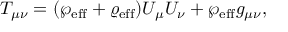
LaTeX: T _ { \mu \nu } = ( \wp _ { \mathrm { e f f } } + \varrho _ { \mathrm { e f f } } ) U _ { \mu } U _ { \nu } + \wp _ { \mathrm { e f f } } g _ { \mu \nu } ,